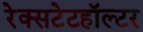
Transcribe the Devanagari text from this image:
रेक्सटेटहॉल्टर